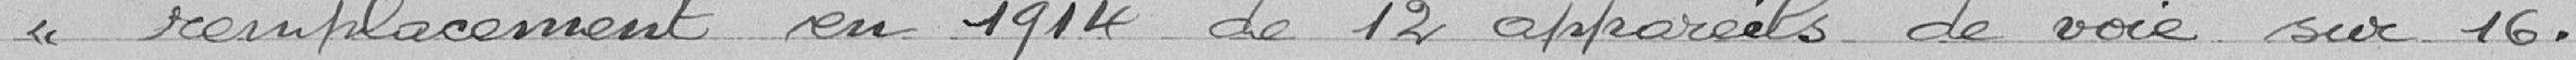
"remplacement en 1914 de 12 appareils de voie sur 16.